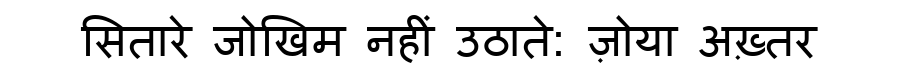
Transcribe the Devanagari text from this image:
सितारे जोखिम नहीं उठाते: ज़ोया अख़्तर